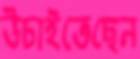
উচাইতেছেন